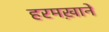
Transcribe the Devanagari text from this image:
हरमख़ाने